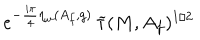
e ^ { - \frac { i \pi } { 4 } \eta _ { w } ( A _ { f } , g ) } \, \widetilde { \tau } ( M , A _ { f } ) ^ { 1 / 2 }